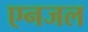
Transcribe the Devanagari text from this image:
एनजल